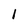
Character: 1